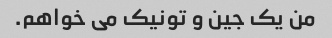
من یک جین و تونیک می خواهم.